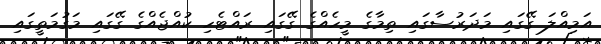
އަމިއްލަ ގޭގައި މަދަރުސާގައި ތިމާގެ މީހެއްގެ ގޭގައި ރައްޓެހި ކުއްޖެއްގެ ގޭގައި މަގުމަތީގައި